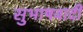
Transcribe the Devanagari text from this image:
सुभाषवादी